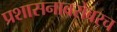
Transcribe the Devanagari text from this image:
प्रशासनाबरोबरच